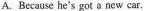
A.Because he's got a new car.